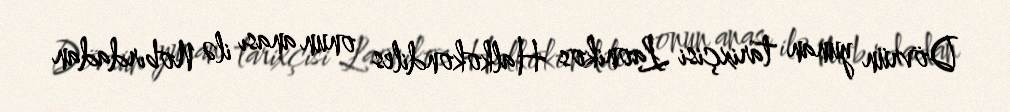
Dövrün yunan tarixçisi Laonikos Halkokondiles onun anası ilə Nobırdadan